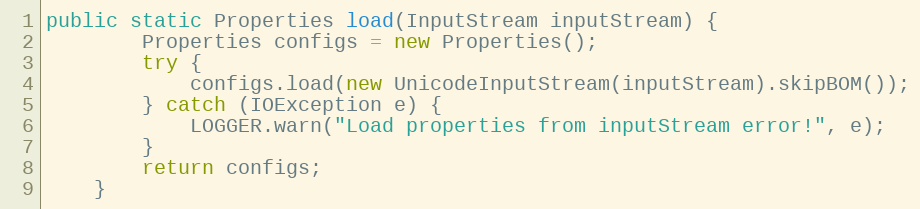
Language: Java
public static Properties load(InputStream inputStream) {
        Properties configs = new Properties();
        try {
            configs.load(new UnicodeInputStream(inputStream).skipBOM());
        } catch (IOException e) {
            LOGGER.warn("Load properties from inputStream error!", e);
        }
        return configs;
    }